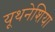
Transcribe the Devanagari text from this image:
यूथनेशिया